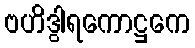
ဗဟိဒွါရကောဋ္ဌကေ